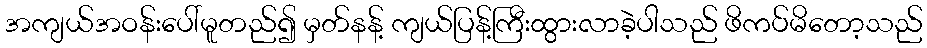
အကျယ်အဝန်းပေါ်မူတည်၍ မှတ်နန့် ကျယ်ပြန့်ကြီးထွားလာခဲ့ပါသည် ဖိကပ်မိတော့သည်